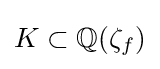
K\subset \mathbb {Q} (\zeta _{f})